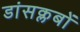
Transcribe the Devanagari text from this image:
डांसक्लबों